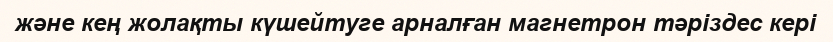
және кең жолақты күшейтуге арналған магнетрон тәріздес кері